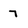
Character: 7